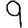
Digit: 9